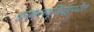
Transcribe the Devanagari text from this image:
इन्क्ल्यूजिव्हमधील